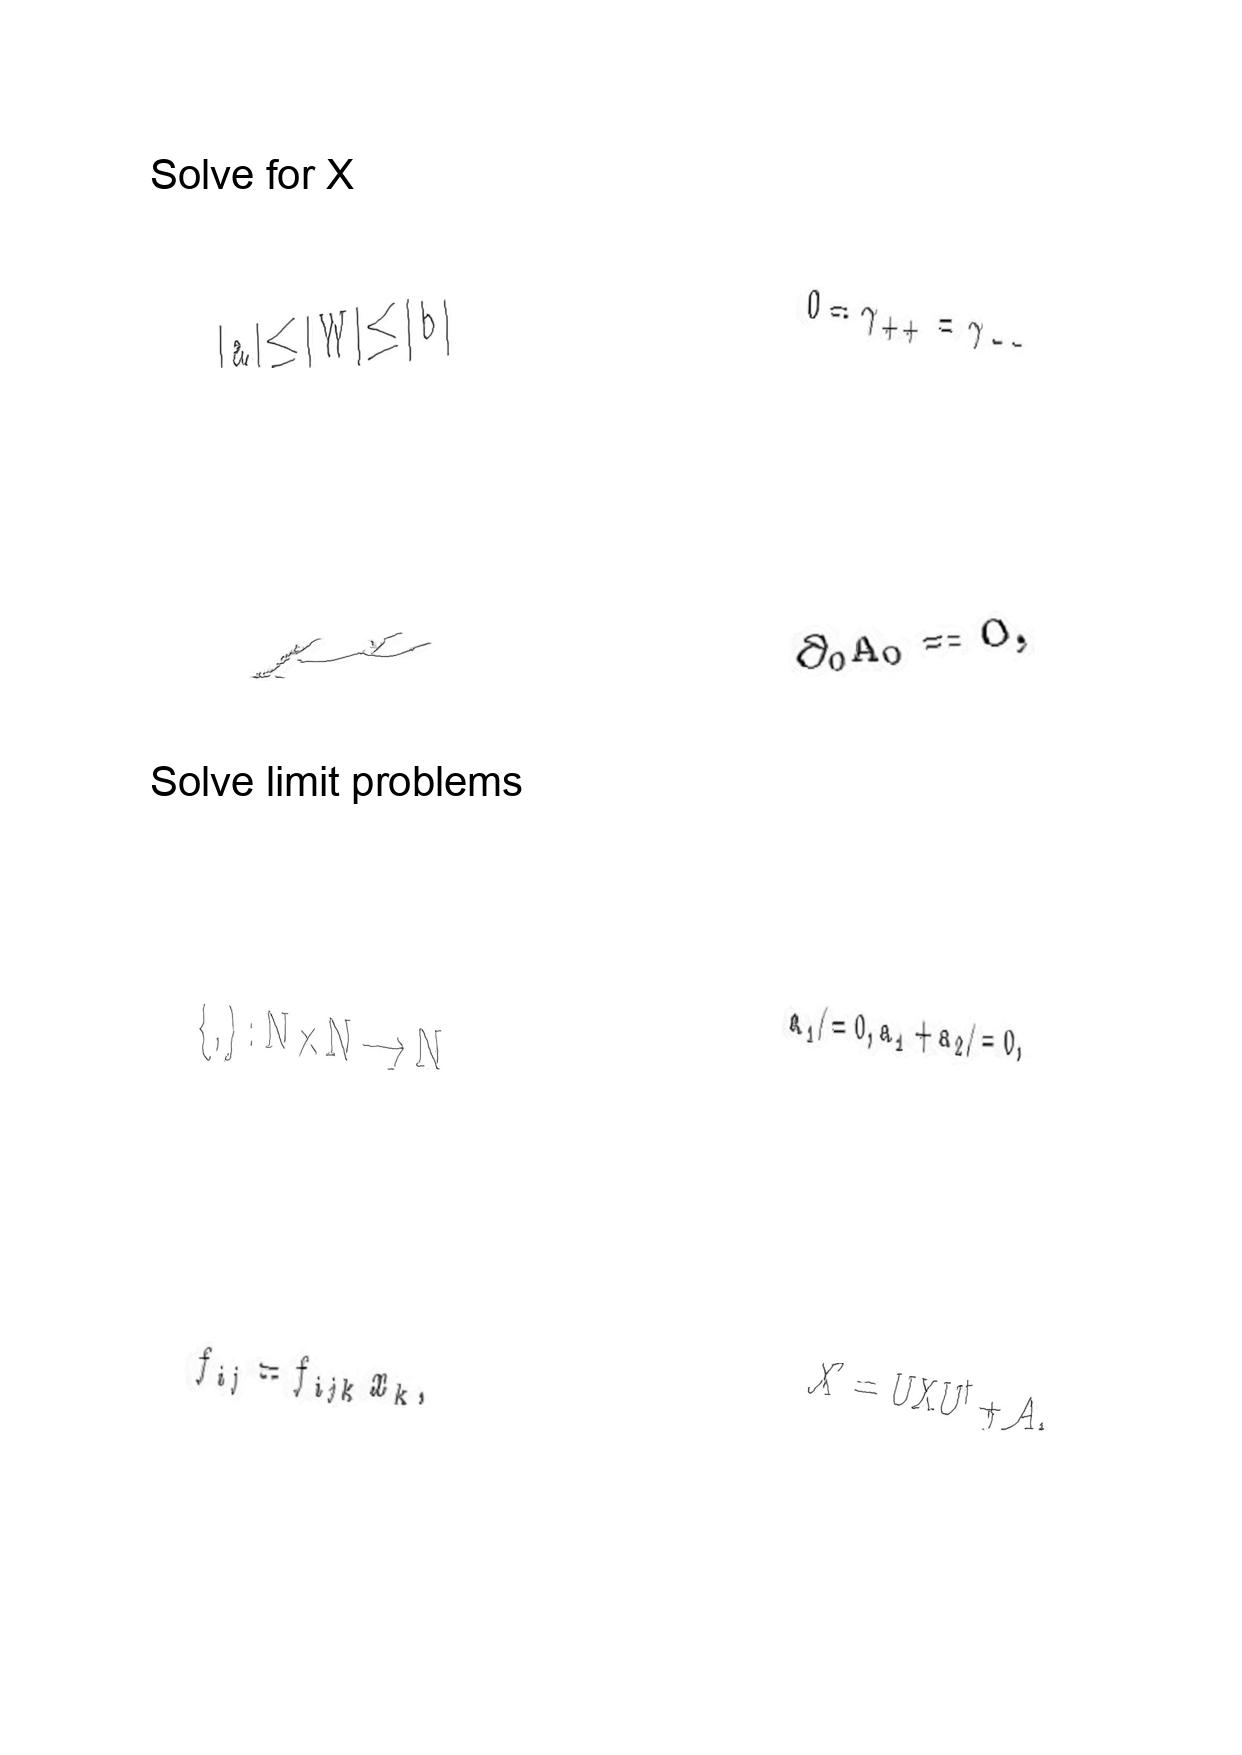
LaTeX transcription:
\vert a \vert \le \vert W \vert \le \vert b \vert
\mu
\lbrace , \rbrace : N \times N \longrightarrow N
f _ { i j } = f _ { i j k } x _ { k } ,
0 = \gamma _ { + + } = \gamma _ { - - }
\partial _ { 0 } A _ { 0 } = 0 ,
a _ { 1 } \neq 0 , a _ { 1 } + a _ { 2 } \neq 0 ,
X ^ { \prime } = U X U ^ { \dagger } + A ,